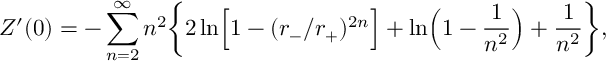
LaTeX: Z ^ { \prime } ( 0 ) = - \sum _ { n = 2 } ^ { \infty } n ^ { 2 } \biggr \{ 2 \ln \Bigr [ 1 - ( r _ { - } / r _ { + } ) ^ { 2 n } \Bigr ] + \ln \Bigr ( 1 - { \frac { 1 } { n ^ { 2 } } } \Bigr ) + { \frac { 1 } { n ^ { 2 } } } \biggr \} ,